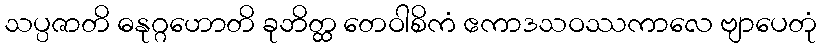
သပ္ပဇာတိ ဓနုဂ္ဂဟောတိ ခုဘိတ္ထ တေဝါစိကံ ဧကာဒသဝဿကာလေ ဗျာပေတုံ